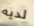
لديه